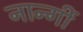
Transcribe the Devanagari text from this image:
नार्न्गी